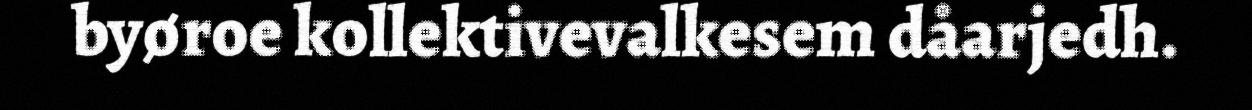
byøroe kollektivevalkesem dåarjedh.